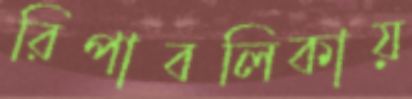
রিপাবলিকায়